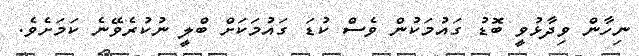
ނިހާން ވިދާޅުވީ ބޮޑު ގައުމަކުން ވެސް ކުޑަ ގައުމަކަށް ބްލީ ނުކުރެވޭނެ ކަމަށެވެ.